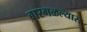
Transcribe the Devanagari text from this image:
बारगळल्यास